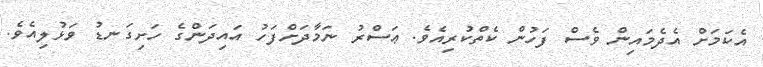
އެކަމަށް އެދެމައިން ވެސް ފަހުން ކެތްކުރިއެވެ. ޢަސްރު ނަމާދަށްފަހު އައިދަންގެ ހަށިގަނޑު ވަޅުލިއެވެ.